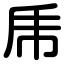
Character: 乕